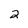
Character: 2